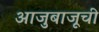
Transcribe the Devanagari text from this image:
आजुबाजूची